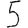
Digit: 5